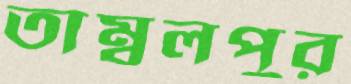
তাম্বুলপুর